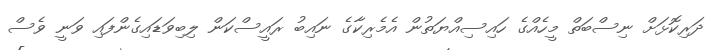
ދަރިކޮޅަށް ނިސްބަތް މީހެއްގެ ހައިސިއްޔަތުން އެމެރިކާގެ ނައިބު ރައީސްކަން ލިބިވަޑައިގެންފައި ވަނީ ވެސް